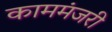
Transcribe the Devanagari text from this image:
काममंजरी